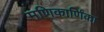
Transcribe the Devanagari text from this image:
मणिकार्णिंका